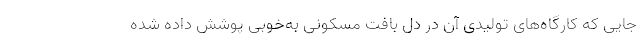
جایی که کارگاه‌های تولیدی آن در دل بافت مسکونی به‌خوبی پوشش داده شده